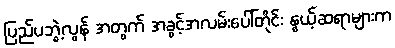
ပြည်ပဘွဲ့လွန် အတွက် အခွင့်အလမ်းပေါ်တိုင်း နွယ့်ဆရာများက